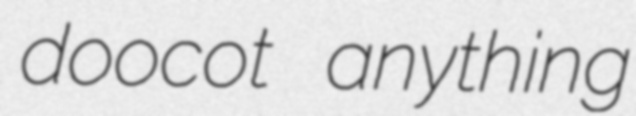
doocot anything